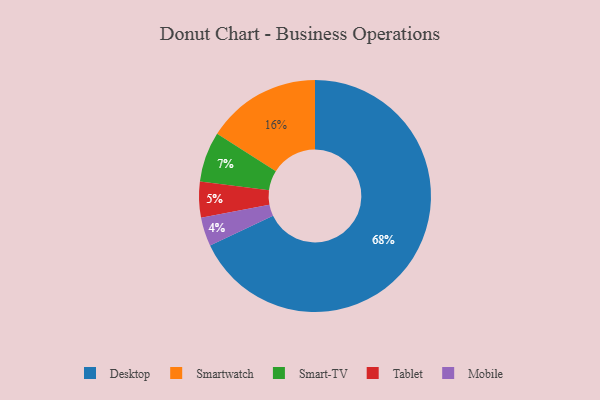
{"axis": {"x": "Category", "y": "Percentage"}, "legend": ["Desktop", "Mobile", "Smart-TV", "Smartwatch", "Tablet"], "data": [{"x": "Mobile", "y": 4, "type": "Mobile"}, {"x": "Smart-TV", "y": 7, "type": "Smart-TV"}, {"x": "Desktop", "y": 68, "type": "Desktop"}, {"x": "Tablet", "y": 5, "type": "Tablet"}, {"x": "Smartwatch", "y": 16, "type": "Smartwatch"}]}